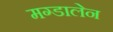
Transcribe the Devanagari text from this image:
मग्डालेन